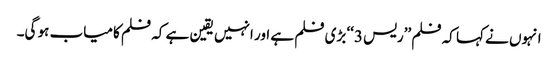
انہوں نے کہا کہ فلم ’’ریس 3‘‘ بڑی فلم ہے اور انہیں یقین ہے کہ فلم کامیاب ہو گی۔